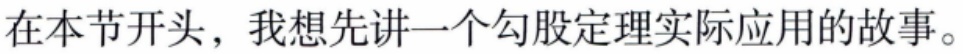
在本节开头，我想先讲一个勾股定理实际应用的故事。